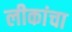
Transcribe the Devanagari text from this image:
लीकांचा